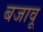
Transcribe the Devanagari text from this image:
बजावू